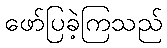
ဖော်ပြခဲ့ကြသည်